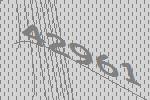
42961